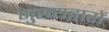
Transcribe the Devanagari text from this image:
मुख्यद्वारों